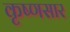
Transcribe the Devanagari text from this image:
कृष्णसार